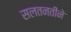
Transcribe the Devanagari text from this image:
सलतनतीने